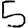
Digit: 5